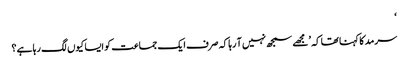
‘
سرمد کا کہنا تھا کہ ’مجھے سمجھ نہیں آ رہا کہ صرف ایک جماعت کو ایسا کیوں لگ رہا ہے؟